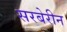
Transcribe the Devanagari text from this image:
सरबेरीन